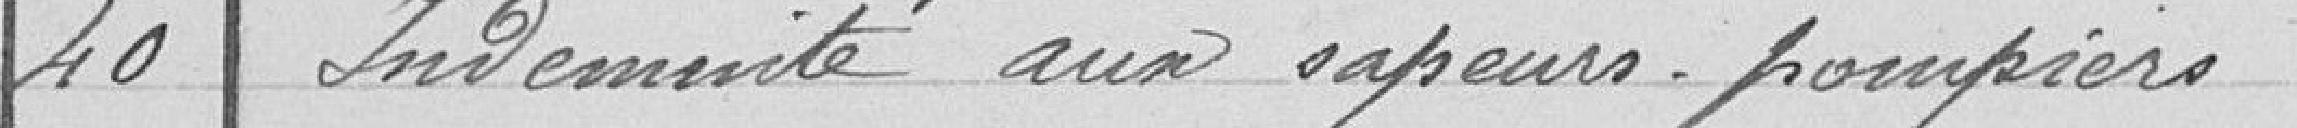
40 Indemnité aux Sapeurs-Pompiers